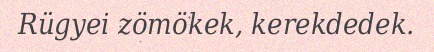
Rügyei zömökek, kerekdedek.